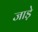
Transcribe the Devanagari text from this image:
जाड़े़